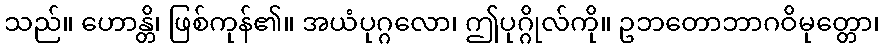
သည်။ ဟောန္တိ၊ ဖြစ်ကုန်၏။ အယံပုဂ္ဂလော၊ ဤပုဂ္ဂိုလ်ကို။ ဥဘတောဘာဂဝိမုတ္တော၊